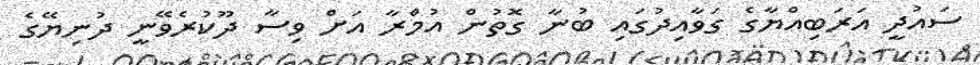
ސައުދީ އަރަބިއްޔާގެ ގަވާއިދުގައި ބުނާ ގޮތުން އުމްރާ އަށް ވިސާ ދޫކުރެވޭނީ ދުނިޔޭގެ